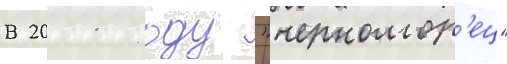
В 2011 году "черномор'ец"